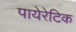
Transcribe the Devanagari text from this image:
पायेरेटिक